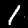
Digit: 1